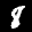
Label: 8